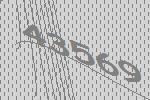
43569